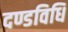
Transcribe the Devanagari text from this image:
दण्डविधि